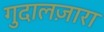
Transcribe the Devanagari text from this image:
गुदालज़ारा